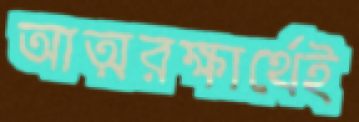
আত্মরক্ষার্থেই